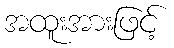
အထူးအားဖြင့်